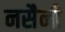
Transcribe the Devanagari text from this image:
नसैनी